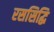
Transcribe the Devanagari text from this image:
रससिद्धि